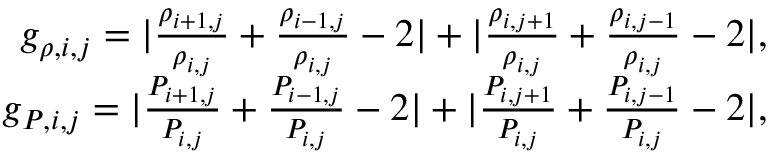
\begin{array} { r } { g _ { \rho , i , j } = | \frac { \rho _ { i + 1 , j } } { \rho _ { i , j } } + \frac { \rho _ { i - 1 , j } } { \rho _ { i , j } } - 2 | + | \frac { \rho _ { i , j + 1 } } { \rho _ { i , j } } + \frac { \rho _ { i , j - 1 } } { \rho _ { i , j } } - 2 | , } \\ { g _ { P , i , j } = | \frac { P _ { i + 1 , j } } { P _ { i , j } } + \frac { P _ { i - 1 , j } } { P _ { i , j } } - 2 | + | \frac { P _ { i , j + 1 } } { P _ { i , j } } + \frac { P _ { i , j - 1 } } { P _ { i , j } } - 2 | , } \end{array}